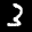
Label: 3